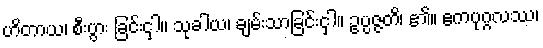
ဟိတာယ၊ စီးပွား ခြင်းငှါ။ သုခါယ၊ ချမ်းသာခြင်းငှါ။ ဥပ္ပဇ္ဇတိ၊ ၏။ ဧကပုဂ္ဂလဿ၊